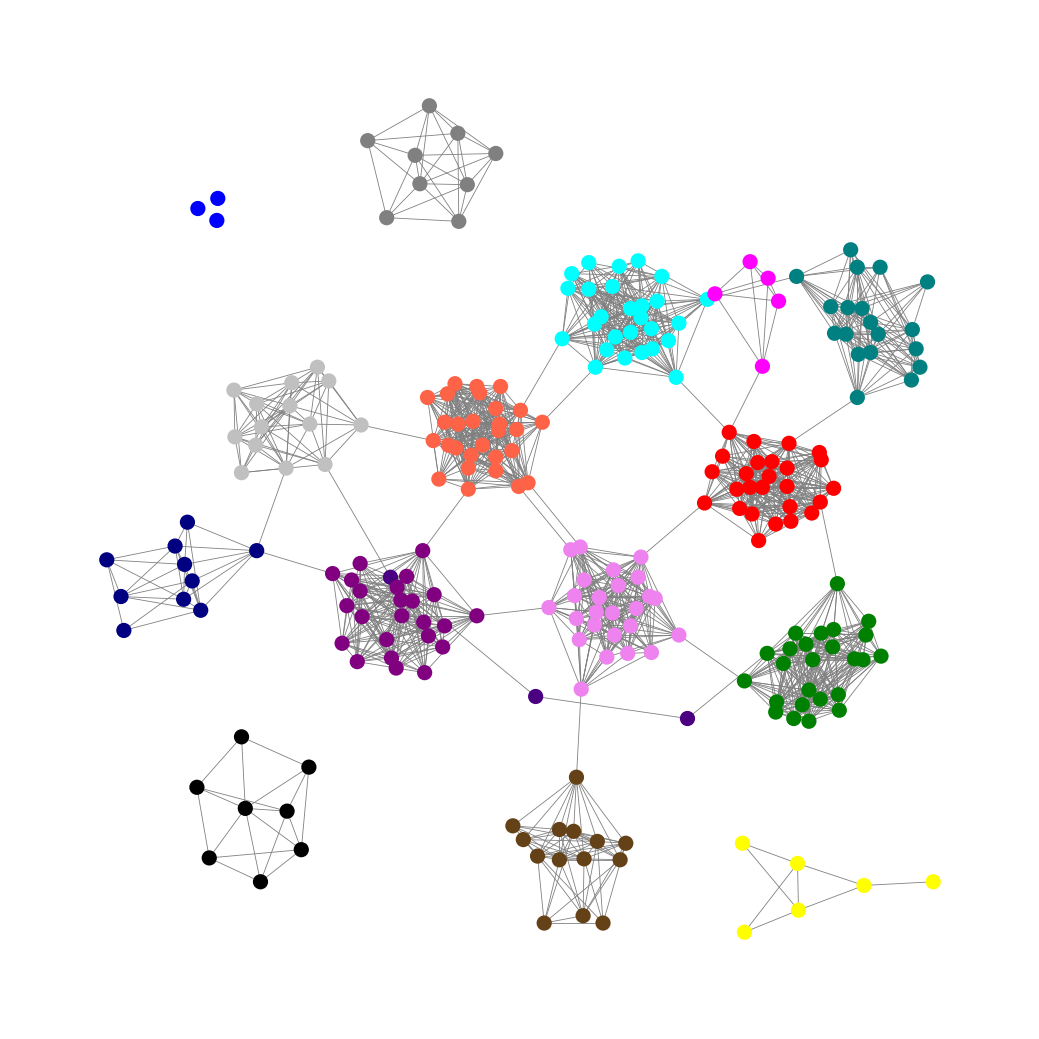
Graph connected: No
Number of connected components: 7
Number of singletons: 3
Total number of nodes: 246
Total number of edges: 1707
Number of communities: 16
Community sizes:
Aqua: 27
Black: 8
Blue: 3
Fuchsia: 5
Gray: 9
Green: 25
Indigo: 3
Navy: 10
Pullman Brown: 14
Purple: 24
Red: 26
Silver: 14
Teal: 19
Tomato: 28
Violet: 25
Yellow: 6
Graph layout: tda
Graph generation method: erdos_renyi